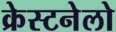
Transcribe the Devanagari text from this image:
क्रेस्टनेलो